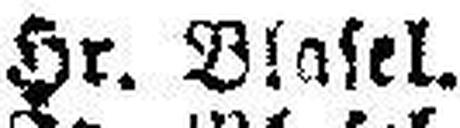
Hr. Blasel.